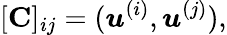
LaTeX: [\mathbf{C}]_{ij}=(\boldsymbol{u}^{(i)},\boldsymbol{u}^{(j)}),